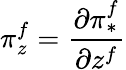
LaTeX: \pi_{z}^{f}={\frac{\partial\pi_{*}^{f}}{\partial z^{f}}}